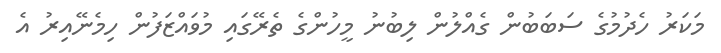
މަކަރު ހެދުމުގެ ސަބަބުން ގެއްލުން ލިބުނު މީހުންގެ ތެރޭގައި މުވައްޒަފުން ހިމެނޭއިރު އެ